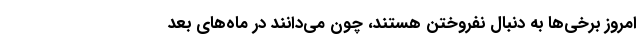
امروز برخی‌ها به دنبال نفروختن هستند، چون می‌دانند در ماه‌های بعد